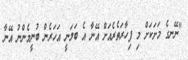
"ނޭނގެ މަށަކަށް މި ފިހާރަތެރެއަށް އޭނާ އެ ބަލަނީ އަހަރެން ބުނީމެންނު އޭނާ